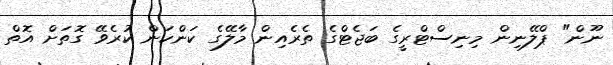
ނޫން" ޕްލޭނިން މިނިސްޓްރީގެ ބަޖެޓްގެ ތެރެއިން މާލޭގެ ކަންކަން ކުރެވޭ ގޮތަށް އޮތް